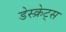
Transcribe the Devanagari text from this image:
डेस्क्रेट्स